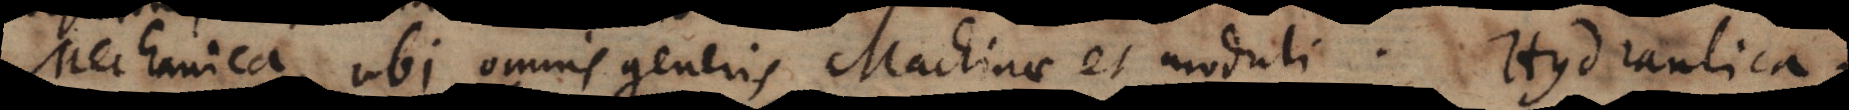
Mechanica, ubi omnis generis Machinae et moduli. Hydraulica.